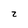
Character: z